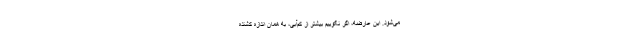
می‌شود. این عارضه، اگر نگوییم بیشتر از کم‌آبی، به همان اندازه کُشنده